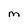
Character: M